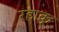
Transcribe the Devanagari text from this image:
रहाकू